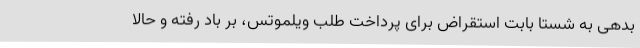
بدهی به شستا بابت استقراض برای پرداخت طلب ویلموتس، بر باد رفته و حالا